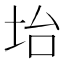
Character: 坮